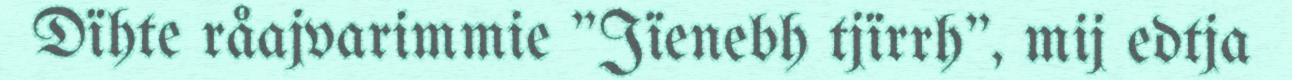
Dïhte råajvarimmie "Jïenebh tjïrrh", mij edtja